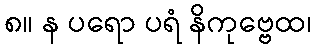
၈။ န ပရော ပရံ နိကုဗ္ဗေထ၊